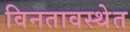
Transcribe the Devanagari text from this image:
विनतावस्थेत